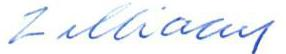
Zilliacus